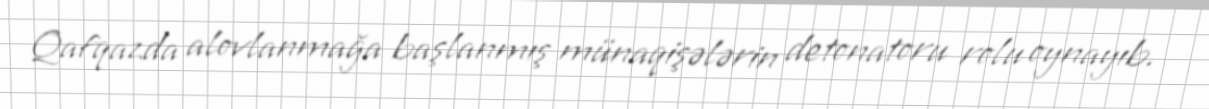
Qafqazda alovlanmağa başlanmış münaqişələrin detonatoru rolu oynayıb.